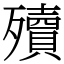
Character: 殰